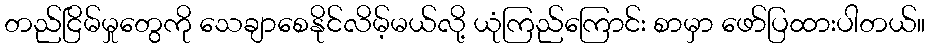
တည်ငြိမ်မှုတွေကို သေချာစေနိုင်လိမ့်မယ်လို့ ယုံကြည်ကြောင်း စာမှာ ဖော်ပြထားပါတယ်။